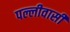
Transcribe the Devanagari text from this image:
पल्लीवासी